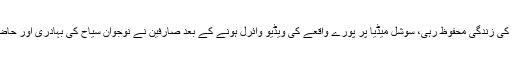
نوجوان سیاح کی حاضر دماغی اور بر وقت ردعمل سے بچی کی زندگی محفوظ رہی، سوشل میڈیا پر پورے واقعے کی ویڈیو وائرل ہونے کے بعد صارفین نے نوجوان سیاح کی بہادری اور حاضر دماغی کی تعریف کی اور نوجوان کو ‘ہیرو’ کہا جانے لگا۔